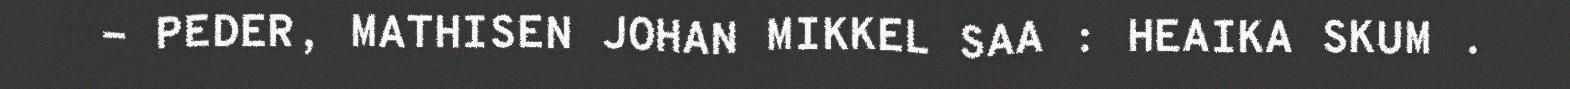
- PEDER, MATHISEN JOHAN MIKKEL SAA : HEAIKA SKUM .